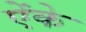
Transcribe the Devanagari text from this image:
ऐंके